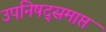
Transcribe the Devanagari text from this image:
उपनिषद्समाप्त